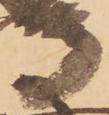
孝